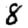
Digit: 8